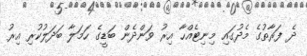
ދެ ފަރާތުގެ މެދުގައި މިނިޓެއްހާ އިރު ވަންދެން ބަޑީގެ ހަމަލާ ބަދަލުކުރި އިރު